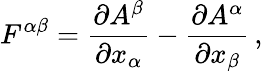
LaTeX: F^{\alpha\beta}={\frac{\partial A^{\beta}}{\partial x_{\alpha}}}-{\frac{\partial A^{\alpha}}{\partial x_{\beta}}}\, ,